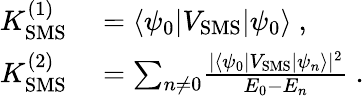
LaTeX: \begin{array}{rl}{K_{\mathrm{SMS}}^{(1)}}&{{}=\langle\psi_{0}|V_{\mathrm{SMS}}|\psi_{0}\rangle\ ,}\\ {K_{\mathrm{SMS}}^{(2)}}&{{}={\sum_{n\neq 0}}\frac{|\langle\psi_{0}|V_{\mathrm{SMS}}|\psi_{n}\rangle|^{2}}{E_{0}-E_{n}}\ .}\end{array}